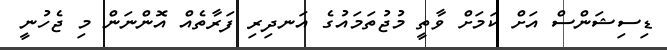
ޑިސިޝަންސް އަށް ކަމަށް ވާތީ މުޖުތަމައުގެ އަނދިރި ފަރާތެއް އޮންނަން މި ޖެހުނީ